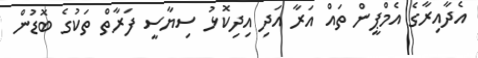
އެދާއިރާގެ އެމްޕީން ތައް އަރާ އަދި އިދިކޮޅު ސިޔާސީ ފަރާތް ތަކުގެ ބޮޑުން